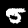
Label: 5